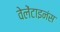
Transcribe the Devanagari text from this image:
वेलेंटाइनंस